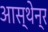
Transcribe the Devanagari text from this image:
आस्थेन्र